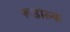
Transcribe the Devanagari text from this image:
रूडोल्क